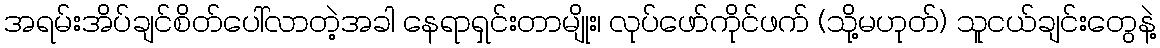
အရမ်းအိပ်ချင်စိတ်ပေါ်လာတဲ့အခါ နေရာရှင်းတာမျိုး၊ လုပ်ဖော်ကိုင်ဖက် (သို့မဟုတ်) သူငယ်ချင်းတွေနဲ့